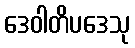
ဒေဝါတိပဒေသု